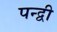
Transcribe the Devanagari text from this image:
पन्द्वी